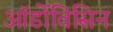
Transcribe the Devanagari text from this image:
ऑर्डोविसिन